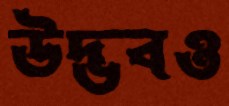
উদ্ভবও